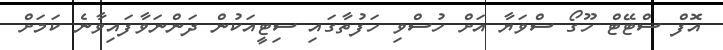
އޮފް ސްޓޭޓް ހޫގޯ ސްވަޔާ އަށް ހުސްވި ހަފުތާގައި ސިޓީއަކުން ދަންނަވާފައިވާނެ ކަމަށް